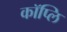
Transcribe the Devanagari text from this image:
कॉप्लि